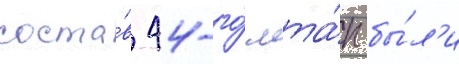
соста́в 44-го́ мта́п бы́л'и